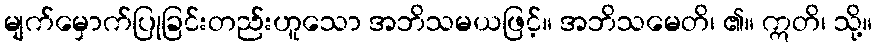
မျက်မှောက်ပြုခြင်းတည်းဟူသော အဘိသမယဖြင့်။ အဘိသမေတိ၊ ၏။ ဣတိ၊ သို့။